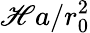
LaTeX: \mathscr{H}a/r_{0}^{2}